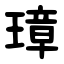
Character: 璋